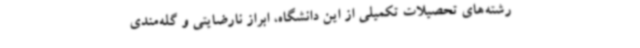
رشته‌های تحصیلات تکمیلی از این دانشگاه، ابراز نارضایتی و گله‌مندی